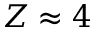
Z \approx 4